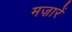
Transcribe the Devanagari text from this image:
मज़ारें